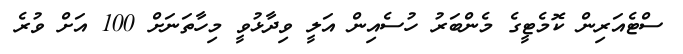
ސްޓެއަރިން ކޮމެޓީގެ މެންބަރު ހުސެއިން އަލީ ވިދާޅުވީ މިހާތަނަށް 100 އަށް ވުރެ